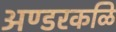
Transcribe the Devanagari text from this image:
अण्डरकळि